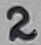
Text: 2